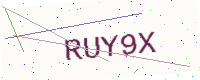
Text: RUY9X